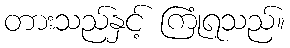
တားသည်နှင့် ကြုံရသည်။